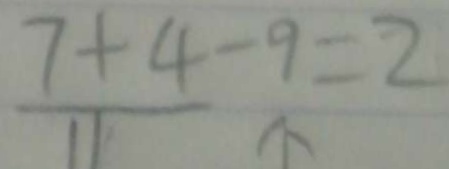
\frac { 7 + 4 - 9 } { 1 1 } = 2